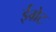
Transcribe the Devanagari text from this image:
ईग्रेट